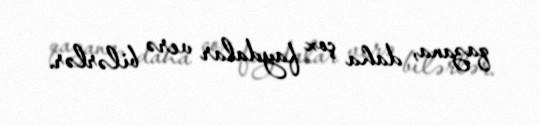
qazana, daha çox faydalar verə bilərlər.